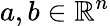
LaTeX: a,b\in\mathbb{R}^{n}